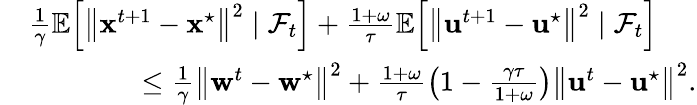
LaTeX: \begin{array}{rl}&{\frac{1}{\gamma}\mathbb{E}\! \left[\left\| \mathbf{x}^{t+1}-\mathbf{x}^{\star}\right\| ^{2}\; |\; \mathcal{F}_{t}\right]+\frac{1+\omega}{\tau}\mathbb{E}\! \left[\left\| \mathbf{u}^{t+1}-\mathbf{u}^{\star}\right\| ^{2}\; |\; \mathcal{F}_{t}\right]}\\ &{\qquad\qquad\leq\frac{1}{\gamma}\left\| \mathbf{w}^{t}-\mathbf{w}^{\star}\right\| ^{2}+\frac{1+\omega}{\tau}\left(1-\frac{\gamma\tau}{1+\omega}\right)\left\| \mathbf{u}^{t}-\mathbf{u}^{\star}\right\| ^{2}.}\end{array}